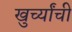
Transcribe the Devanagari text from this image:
खुर्च्यांची